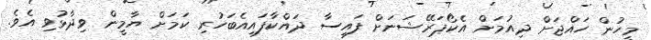
މީހުން ހައްޖަށް ދިއުމަށް އެކޯޕަރޭޝަނަށް ފައިސާ ދައްކާފައިއެބަހުރި ކަމަށް ޔާމީން ވިދާޅުވި އެވެ.